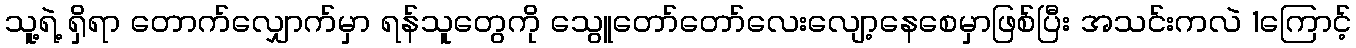
သူ့ရဲ့ ရှိရာ တောက်လျှောက်မှာ ရန်သူတွေကို သွေူတော်တော်လေးလျော့နေစေမှာဖြစ်ပြီး အသင်းကလဲ 1ကြောင့်